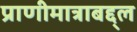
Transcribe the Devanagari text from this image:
प्राणीमात्राबद्द्ल